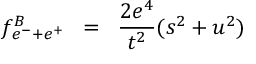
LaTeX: f ^ { B } \! \! \! \! _ { e ^ { - } + e ^ { + } } \; \; = \; \; \frac { 2 e ^ { 4 } } { t ^ { 2 } } ( s ^ { 2 } + u ^ { 2 } )